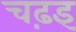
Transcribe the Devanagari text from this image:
चढ़इ